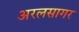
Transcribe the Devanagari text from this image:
अरलसागर